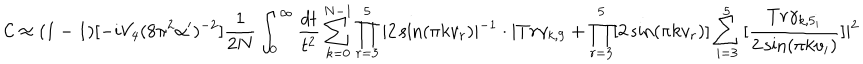
{ \mathcal C } \approx ( 1 - 1 ) [ - i V _ { 4 } ( 8 \pi ^ { 2 } \alpha ^ { \prime } ) ^ { - 2 } ] \frac { 1 } { 2 N } \int _ { 0 } ^ { \infty } \frac { d t } { t ^ { 2 } } \sum _ { k = 0 } ^ { N - 1 } \prod _ { r = 3 } ^ { 5 } \vert 2 \sin ( \pi k v _ { r } ) \vert ^ { - 1 } \cdot \vert T r \gamma _ { k , 9 } + \prod _ { r = 3 } ^ { 5 } [ 2 \sin ( \pi k v _ { r } ) ] \sum _ { i = 3 } ^ { 5 } { [ \frac { T r \gamma _ { k , 5 _ { i } } } { 2 \sin ( \pi k v _ { i } ) } ] } \vert ^ { 2 }